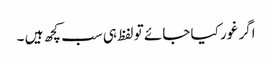
اگر غور کیا جائے تو لفظ ہی سب کچھ ہیں ۔